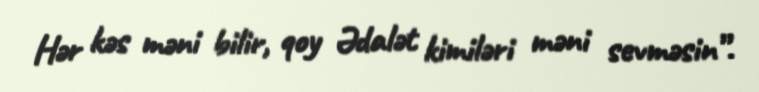
Hər kəs məni bilir, qoy Ədalət kimiləri məni sevməsin”.